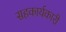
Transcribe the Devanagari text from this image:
सहकार्यकारी